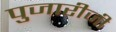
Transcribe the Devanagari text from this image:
पुजारीजी